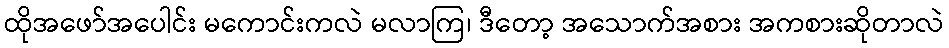
ထိုအဖော်အပေါင်း မကောင်းကလဲ မလာကြ၊ ဒီတော့ အသောက်အစား အကစားဆိုတာလဲ